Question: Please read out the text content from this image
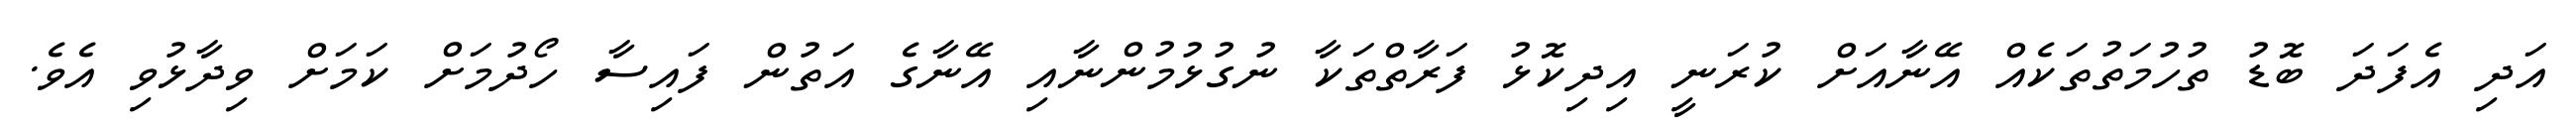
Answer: އަދި އެފަދަ ބޮޑު ތުހުމަތުތަކެއް އޭނާއަށް ކުރަނީ އިދިކޮޅު ފަރާތްތަކާ ނުގުޅުމުންނާއި އޭނާގެ އަތުން ފައިސާ ހޯދުމަށް ކަމަށް ވިދާޅުވި އެވެ.